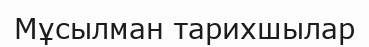
Мұсылман тарихшылар